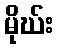
မိုဃ်း